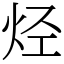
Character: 烃